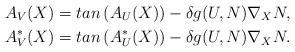
LaTeX: \begin{align*}A_V(X)&=tan\left(A_U(X)\right)-\delta g(U,N)\nabla_XN,\\A^*_V(X)&=tan\left(A^*_U(X)\right)-\delta g(U,N)\nabla_XN.\end{align*}